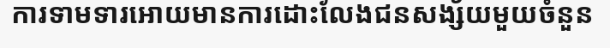
ការទាមទារអោយមានការដោះលែងជនសង្ស័យមួយចំនួន